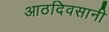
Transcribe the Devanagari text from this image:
आठदिवसानी